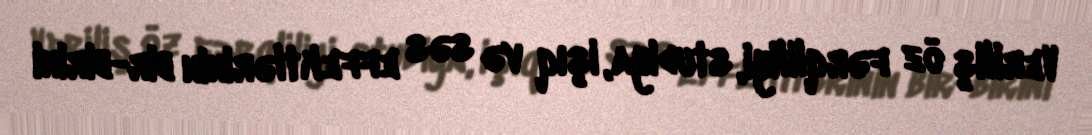
Veriliş öz fərqliliyi, studiya, işıq və səs effektlərinin bir-birini